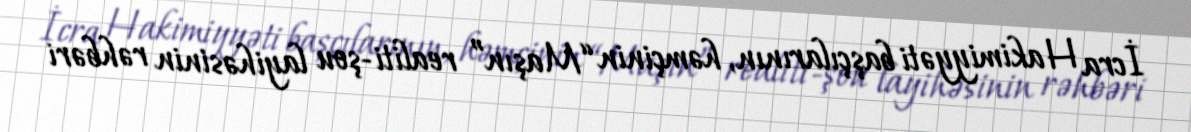
İcra Hakimiyyəti başçılarının, həmçinin “Maşın” realiti-şou layihəsinin rəhbəri